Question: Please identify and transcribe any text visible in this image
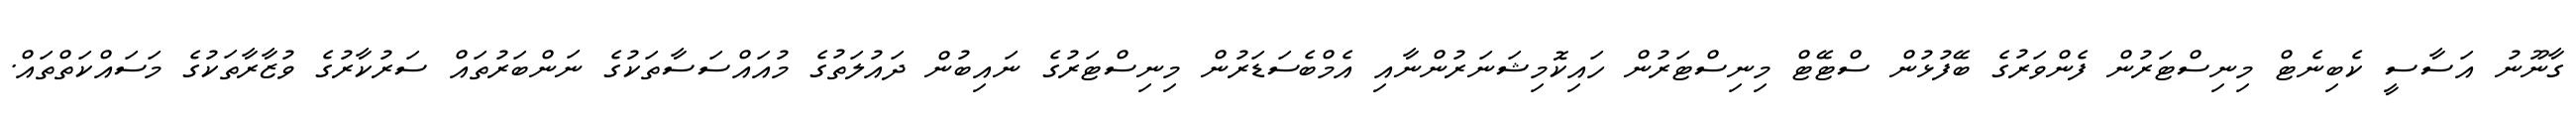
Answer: ގާނޫނު އަސާސީ ކެބިނެޓް މިނިސްޓަރުން ފެންވަރުގެ ބޭފުޅުން ސްޓޭޓް މިނިސްޓަރުން ހައިކޮމިޝަނަރުންނާއި އެމްބެސަޑަރުން މިނިސްޓަރުގެ ނައިބުން ދައުލަތުގެ މުއައްސަސާތަކުގެ ނަންބަރުތައް ސަރުކާރުގެ ވުޒާރާތަކުގެ މަސައްކަތްތައް.